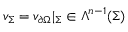
v _ { \Sigma } = v _ { \partial \Omega } | _ { \Sigma } \in \Lambda ^ { n - 1 } ( \Sigma )